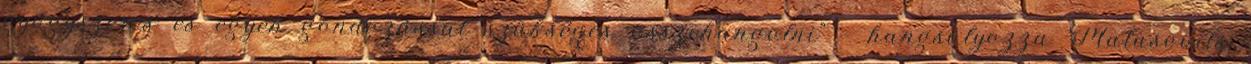
gyógyszeres és egyéb gondozással szükséges összehangolni" - hangsúlyozza Matusovits